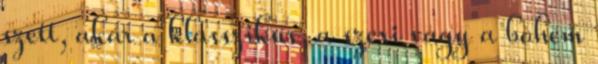
szett, akár a klasszikus, a szexi vagy a bohém